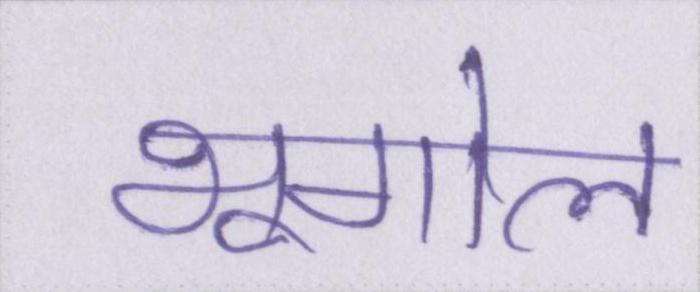
भूगोल